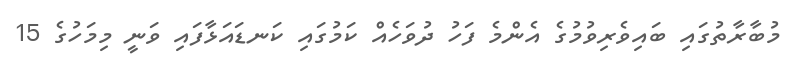
މުބާރާތުގައި ބައިވެރިވުމުގެ އެންމެ ފަހު ދުވަހެއް ކަމުގައި ކަނޑައަޅާފައި ވަނީ މިމަހުގެ 15